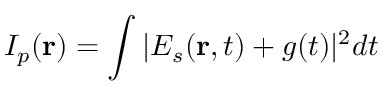
I _ { p } ( \mathbf { r } ) = \int | E _ { s } ( \mathbf { r } , t ) + g ( t ) | ^ { 2 } d t